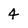
Character: 4